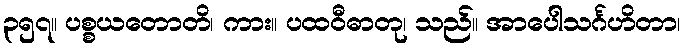
၃၅၇။ ပစ္စယတောတိ၊ ကား။ ပထဝီဓာတု၊ သည်။ အာပေါသင်္ဂဟိတာ၊